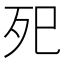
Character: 𭮁